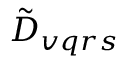
\tilde { D } _ { v q r s }